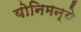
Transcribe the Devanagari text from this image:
योनिमन्ये